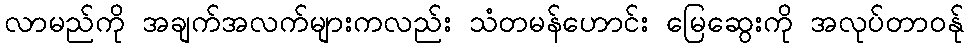
လာမည်ကို အချက်အလက်များကလည်း သံတမန်ဟောင်း မြေဆွေးကို အလုပ်တာဝန်ု